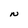
Character: N